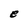
Character: e